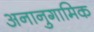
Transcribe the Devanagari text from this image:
अनानुगामिक